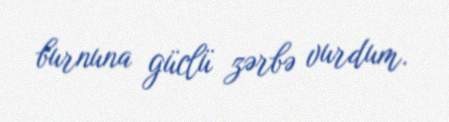
burnuna güclü zərbə vurdum.